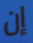
إن